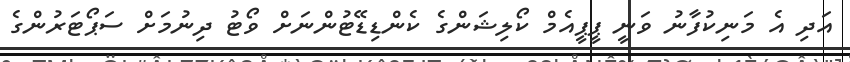
އަދި އެ މަނިކުފާނު ވަނީ ޕީޕީއެމް ކޯލިޝަންގެ ކެންޑިޑޭޓުންނަށް ވޯޓު ދިނުމަށް ސަޕޯޓަރުންގެ